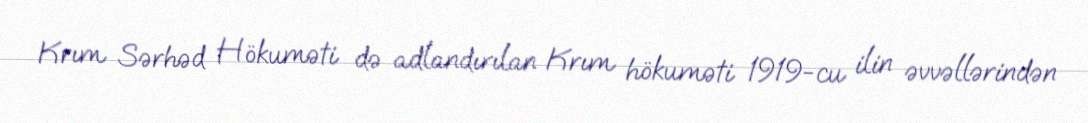
Krım Sərhəd Hökuməti də adlandırılan Krım hökuməti 1919-cu ilin əvvəllərindən